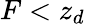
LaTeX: F<z_{d}